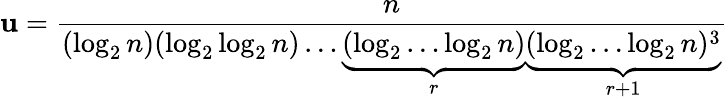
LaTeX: \mathbf{u}={\frac{{n}}{{(\log_{2}n)(\log_{2}\log_{2}n)\dots\underbrace{{(\log_{2}\dots\log_{2}n)}}_{r}\underbrace{{(\log_{2}\dots\log_{2}n)^{3}}}_{r+1}}}}